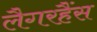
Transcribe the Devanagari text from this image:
लैगरहैंस